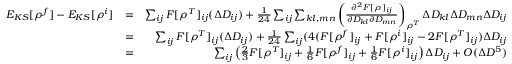
\begin{array} { r l r } { E _ { K S } [ \rho ^ { f } ] - E _ { K S } [ \rho ^ { i } ] } & { = } & { \sum _ { i j } F [ \rho ^ { T } ] _ { i j } ( \Delta D _ { i j } ) + \frac { 1 } { 2 4 } \sum _ { i j } \sum _ { k l , m n } \left( \frac { \partial ^ { 2 } F [ \rho ] _ { i j } } { \partial D _ { k l } \partial D _ { m n } } \right) _ { \rho ^ { T } } \Delta D _ { k l } \Delta D _ { m n } \Delta D _ { i j } } \\ & { = } & { \sum _ { i j } F [ \rho ^ { T } ] _ { i j } ( \Delta D _ { i j } ) + \frac { 1 } { 2 4 } \sum _ { i j } ( 4 ( F [ \rho ^ { f } ] _ { i j } + F [ \rho ^ { i } ] _ { i j } - 2 F [ \rho ^ { T } ] _ { i j } ) \Delta D _ { i j } } \\ & { = } & { \sum _ { i j } \left( \frac { 2 } { 3 } F [ \rho ^ { T } ] _ { i j } + \frac { 1 } { 6 } F [ \rho ^ { f } ] _ { i j } + \frac { 1 } { 6 } F [ \rho ^ { i } ] _ { i j } \right) \Delta D _ { i j } + O ( \Delta D ^ { 5 } ) } \end{array}